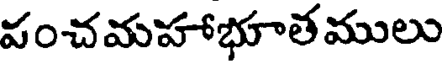
పంచమహాభూతములు